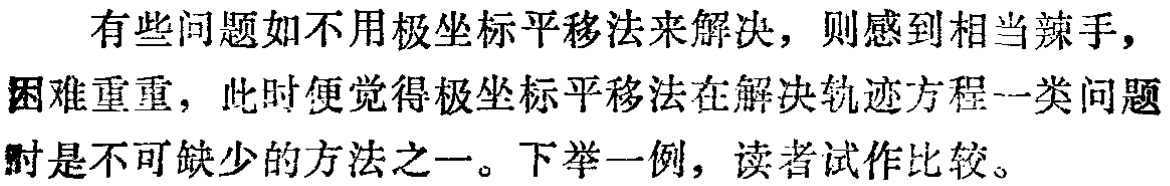
有些问题如不用极坐标平移法来解决，则感到相当辣手，困难重重，此时便觉得极坐标平移法在解决轨迹方程一类问题时是不可缺少的方法之一。下举一例，读者试作比较。